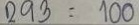
293 = 100